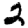
Digit: 2